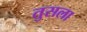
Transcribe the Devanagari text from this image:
तुसला